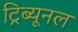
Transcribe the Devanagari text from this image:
ट्रिब्‍यूनल